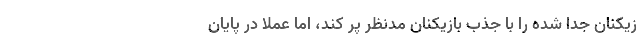
زیکنان جدا شده را با جذب بازیکنان مدنظر پُر کند، اما عملاً در پایان